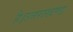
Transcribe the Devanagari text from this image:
है।उत्तराखण्ड